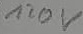
Text: 120V